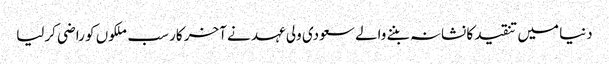
دنیا میں تنقید کا نشانہ بننے والے سعودی ولی عہد نے آخر کار سب ملکوں کو راضی کرلیا